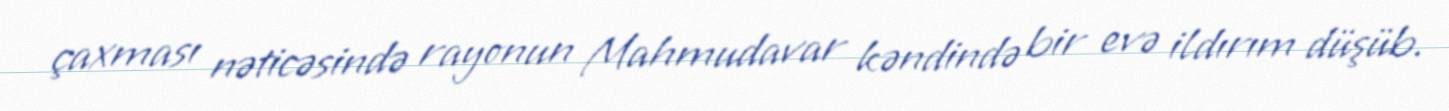
çaxması nəticəsində rayonun Mahmudavar kəndində bir evə ildırım düşüb.